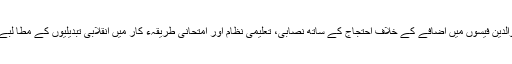
اب وقت آگیا ہے کہ والدین فیسوں میں اضافے کے خلاف احتجاج کے ساتھ نصابی، تعلیمی نظام اور امتحانی طریقہء کار میں انقلابی تبدیلیوں کے مطا لبے کو بھی شامل کریں۔